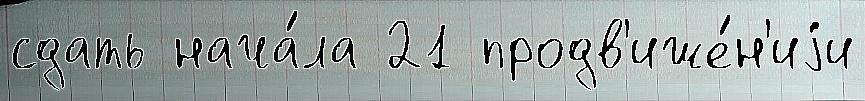
сдать нача́ла 21 продв'иже́н'иjи